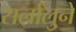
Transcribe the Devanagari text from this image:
सर्लालुने